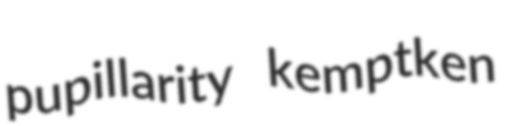
pupillarity kemptken